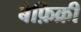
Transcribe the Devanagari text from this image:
बेफ़िक्री